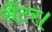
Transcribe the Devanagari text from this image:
सैंटर।